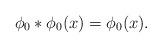
LaTeX: \begin{align*}\phi_0 *\phi_0(x)=\phi_0(x). \end{align*}